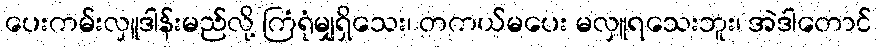
ပေးကမ်းလှူဒါန်းမည်လို့ ကြံရုံမျှရှိသေး၊ တကယ်မပေး မလှူရသေးဘူး၊ အဲဒါတောင်